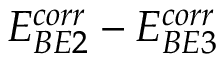
E _ { B E 2 } ^ { c o r r } - E _ { B E 3 } ^ { c o r r }